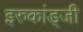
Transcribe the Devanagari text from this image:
इरुकांड्जी